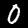
Digit: 0